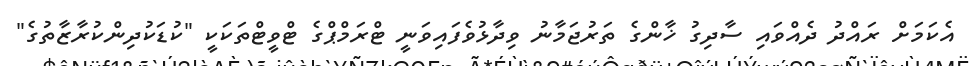
އެކަމަށް ރައްދު ދެއްވައި ސާދިގު ޚާންގެ ތަރުޖަމާނު ވިދާޅުވެފައިވަނީ ޓްރަމްޕްގެ ޓްވީޓްތަކަކީ "ކުޑަކުދިންކުރާޒާތުގެ"